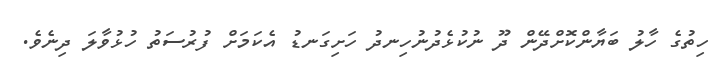
ހިތުގެ ހާލު ބަޔާންކޮށްދޭން ދޫ ނުކުޅެދުނުހިނދު ހަށިގަނޑު އެކަމަށް ފުރުސަތު ހުޅުވާލަ ދިނެވެ.